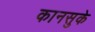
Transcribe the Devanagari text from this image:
कानसुके